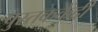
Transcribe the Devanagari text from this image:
पुस्तककेंद्री